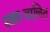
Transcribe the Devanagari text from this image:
स्वतःचालित